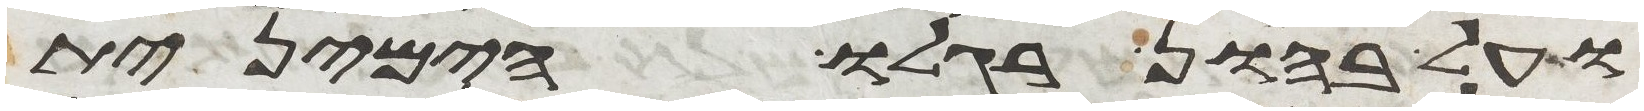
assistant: ועל בהון רגלו הימנית